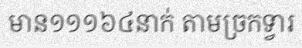
មាន១១១៦៤នាក់ តាមច្រកទ្វារ